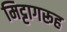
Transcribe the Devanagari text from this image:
मिट्टागरूह